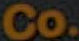
Co.